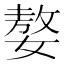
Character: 嫯